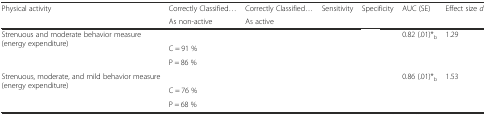
<table><thead><tr><td><b>Physical activity</b></td><td><b>Correctly Classified...</b></td><td><b>Correctly Classified...</b></td><td><b>Sensitivity</b></td><td><b>Specificity</b></td><td><b>AUC (SE)</b></td><td><b>Effect size <i>d</i></b></td></tr><tr><td>[EMPTY_CELL]</td><td><b>As non-active</b></td><td><b>As active</b></td><td>[EMPTY_CELL]</td><td>[EMPTY_CELL]</td><td>[EMPTY_CELL]</td><td>[EMPTY_CELL]</td></tr></thead><tbody><tr><td rowspan="3">Strenuous and moderate behavior measure (energy expenditure)</td><td>[EMPTY_CELL]</td><td>[EMPTY_CELL]</td><td rowspan="3">[EMPTY_CELL]</td><td rowspan="3">[EMPTY_CELL]</td><td rowspan="3">0.82 (.01)*<sub>b</sub></td><td rowspan="3">1.29</td></tr><tr><td>C = 91 %</td><td>[EMPTY_CELL]</td></tr><tr><td>P = 86 %</td><td>[EMPTY_CELL]</td></tr><tr><td rowspan="3">Strenuous, moderate, and mild behavior measure (energy expenditure)</td><td>[EMPTY_CELL]</td><td>[EMPTY_CELL]</td><td rowspan="3">[EMPTY_CELL]</td><td rowspan="3">[EMPTY_CELL]</td><td rowspan="3">0.86 (.01)*<sub>b</sub></td><td rowspan="3">1.53</td></tr><tr><td>C = 76 %</td><td>[EMPTY_CELL]</td></tr><tr><td>P = 68 %</td><td>[EMPTY_CELL]</td></tr></tbody></table>